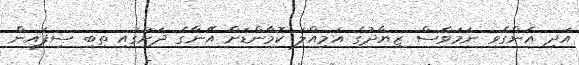
އަދި އެންގެވި ނަމަވެސް ޒިޔާދުގެ އަމިއްލަ ކޮމާންޑަށް އޭނާގެ ދަށުގައި ތިބި ސިފައިން